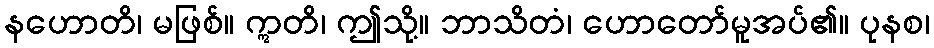
နဟောတိ၊ မဖြစ်။ ဣတိ၊ ဤသို့။ ဘာသိတံ၊ ဟောတော်မူအပ်၏။ ပုနစ၊